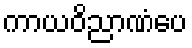
ကာယဝိညာဏံပေ